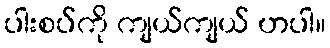
ပါးစပ်ကို ကျယ်ကျယ် ဟပါ။